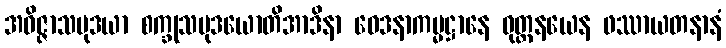
အဝိဇ္ဇာသမုဒယာ စက္ခုသမုဒယောတိအာဒိနာ ဝေဒနာကမ္မဋ္ဌာနေ ဝုတ္တနယေန ဖဿာယတနာနံ